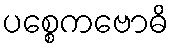
ပစ္စေကဗောဓိ